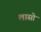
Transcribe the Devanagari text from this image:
लासो